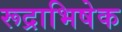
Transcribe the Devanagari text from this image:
रूद्राभिषेक